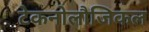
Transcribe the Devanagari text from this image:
टेकनोलौजिकल